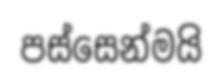
පස්සෙන්මයි